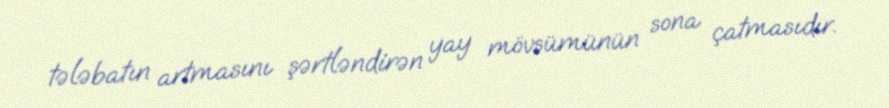
tələbatın artmasını şərtləndirən yay mövsümünün sona çatmasıdır.